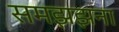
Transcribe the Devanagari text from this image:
समझझना